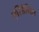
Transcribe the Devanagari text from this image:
एरिडॅनिस